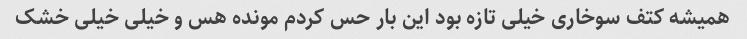
همیشه کتف سوخاری خیلی تازه بود این بار حس کردم مونده هس و خیلی خیلی خشک